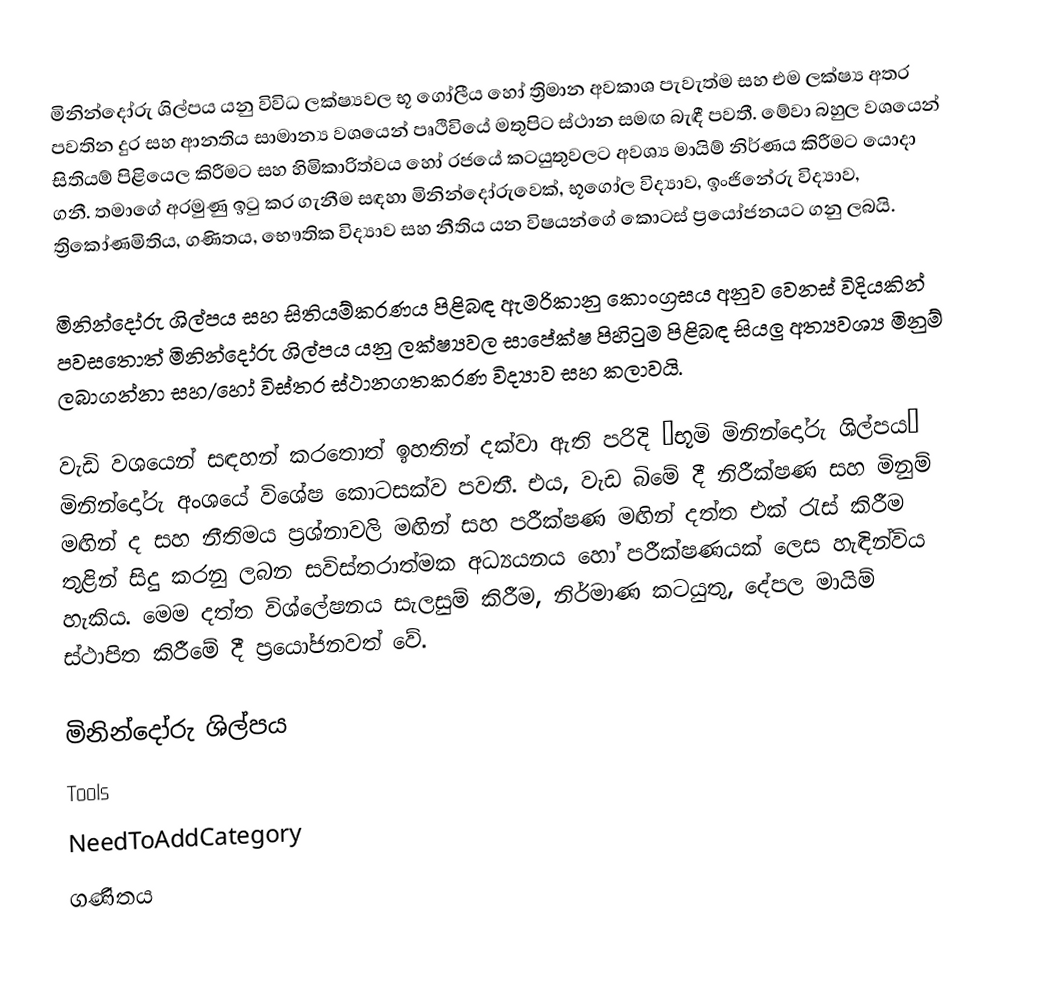
මිනින්දෝරු ශිල්පය යනු විවිධ ලක්ෂ්‍යවල භූ ගෝලීය හෝ ත්‍රිමාන අවකාශ පැවැත්ම සහ එම ලක්ෂ්‍ය අතර පවතින දුර සහ ආනතිය සාමාන්‍ය වශයෙන් පෘථිවියේ මතුපිට ස්ථාන සමඟ බැඳී පවතී. මේවා බහුල වශයෙන් සිතියම් පිළියෙල කිරීමට සහ හිමිකාරිත්වය හෝ රජයේ කටයුතුවලට අවශ්‍ය මායිම් නිර්ණය කිරීමට යොදා ගනී. තමාගේ අරමුණු ඉටු කර ගැනීම සඳහා මිනින්දෝරුවෙක්, භූගෝල විද්‍යාව, ඉංජිනේරු විද්‍යාව, ත්‍රිකෝණමිතිය, ගණිතය, භෞතික විද්‍යාව සහ නීතිය යන විෂයන්ගේ කොටස් ප්‍රයෝජනයට ගනු ලබයි.

මිනින්දෝරු ශිල්පය සහ සිතියම්කරණය පිළිබඳ ඇමරිකානු කොංග්‍රසය අනුව වෙනස් විදියකින් පවසතොත් මිනින්දෝරු ශිල්පය යනු ලක්ෂ්‍යවල සාපේක්ෂ පිහිටුම පිළිබඳ සියලු අත්‍යවශ්‍ය මිනුම් ලබාගන්නා සහ/හෝ විස්තර ස්ථානගතකරණ විද්‍යාව සහ කලාවයි.

වැඩි වශයෙන් සඳහන් කරතොත් ඉහතින් දක්වා ඇති පරිදි “භූමි මිනින්දෝරු ශිල්පය” මිනින්දෝරු අංශයේ විශේෂ කොටසක්ව පවතී. එය, වැඩ බිමේ දී නිරීක්ෂණ සහ මිනුම් මඟින් ද සහ නීතිමය ප්‍රශ්නාවලි මඟින් සහ පරීක්ෂණ මඟින් දත්ත එක් රැස් කිරීම තුළින් සිදු කරනු ලබන සවිස්තරාත්මක අධ්‍යයනය හෝ පරීක්ෂණයක් ලෙස හැඳින්විය හැකිය. මෙම දත්ත විශ්ලේෂනය සැලසුම් කිරීම, නිර්මාණ කටයුතු, දේපල මායිම් ස්ථාපිත කිරීමේ දී ප්‍රයෝජනවත් වේ.

මිනින්දෝරු ශිල්පය
Tools
NeedToAddCategory
ගණිතය